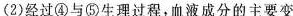
(2)经过④与⑤生理过程，血液成分的主要变